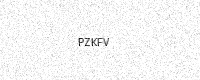
Text: PZKFV